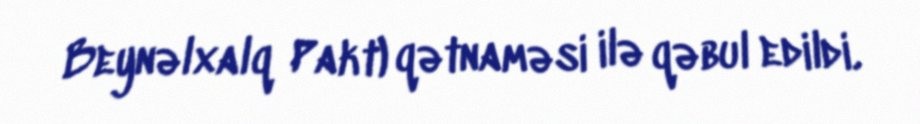
Beynəlxalq Pakt) qətnaməsi ilə qəbul edildi.